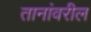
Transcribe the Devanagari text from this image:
तानांवरील